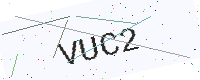
Text: VUC2